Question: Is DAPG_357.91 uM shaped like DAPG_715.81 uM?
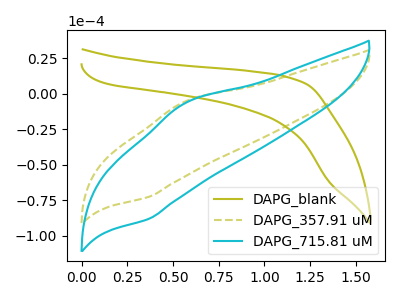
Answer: <think>The olive curve "DAPG_blank" has no peaks. The olive dashed curve "DAPG_357.91 uM" has an anodic peak at (0.55V, -5.55uA) and a cathodic peak at (0.35V, -72.70uA). The cyan curve "DAPG_715.81 uM" has an anodic peak at (0.55V, -6.70uA) and a cathodic peak at (0.35V, -88.20uA).
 All the peaks in "DAPG_357.91 uM" have a peak in "DAPG_715.81 uM" at the same potential.</think>
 <answer>"DAPG_357.91 uM" and "DAPG_715.81 uM" are similar in shape.</answer>
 <eval>same_shape</eval>